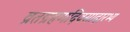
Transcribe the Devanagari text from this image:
व्रतग्रहणदिवसादारभ्य